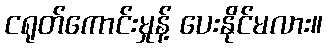
ငရုတ်ကောင်းမှုန့် ပေးနိုင်မလား။